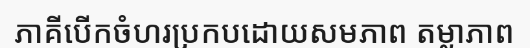
ភាគីបើកចំហរប្រកបដោយសមភាព តម្លាភាព